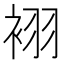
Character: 𲀮